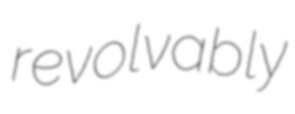
revolvably